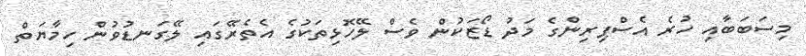
މިސަބަބާއި ހުރެ އެސްޕިރިންގެ މަދު ޑޯޒަކުން ވެސް ލޭހޮޅިތަކުގެ އެތެރޭގައި ލޭގަނޑުވުން ހިމާޔަތް